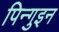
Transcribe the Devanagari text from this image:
पिन्गुइन